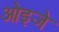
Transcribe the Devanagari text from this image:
ओइजे